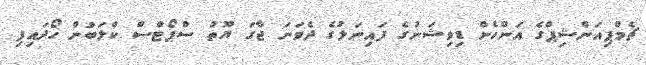
ޗެމްޕިއަންޝިޕްގެ އަންހެން ޑިވިޝަނުގެ ފައިނަލުގެ ދެވަނަ ޖާގަ ޔޫތު ސްޕޯޓްސް ކްލަބުން ހޯދައިފި